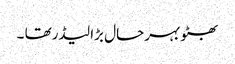
بھٹو بہرحال بڑا لیڈرتھا ۔